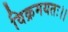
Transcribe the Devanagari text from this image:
विक्रमयतः।।